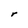
Character: r